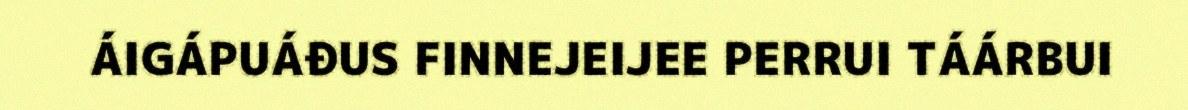
ÁIGÁPUÁĐUS FINNEJEIJEE PERRUI TÁÁRBUI